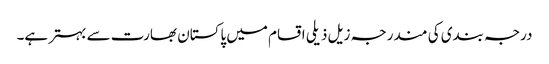
درجہ بندی کی مندرجہ زیل ذیلی اقسام میں پاکستان بھارت سے بہتر ہے۔